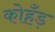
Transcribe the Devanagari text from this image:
कोहँड़